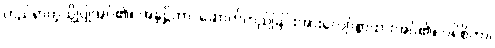
တည်ရာကဲ့သို့ပြုအပ်၏။ အနုဋ္ဌိတာ၊ ဆောက်တည်ခြင်းအားလျော်စွာထားအပ်၏။ ပရိစိတာ၊